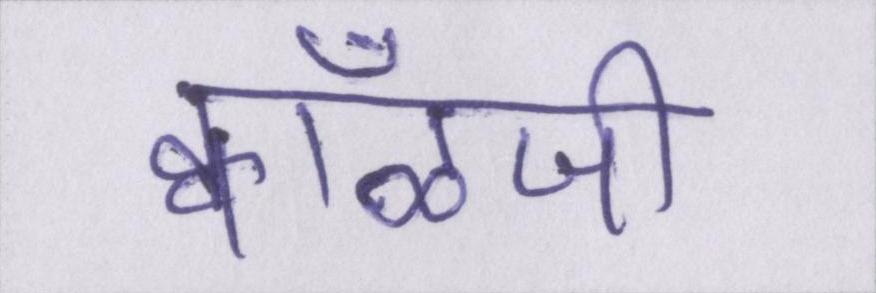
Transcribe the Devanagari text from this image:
क्वाँळजी